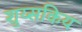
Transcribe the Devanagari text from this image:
शुय्सकिय